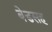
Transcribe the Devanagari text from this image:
बेडसह